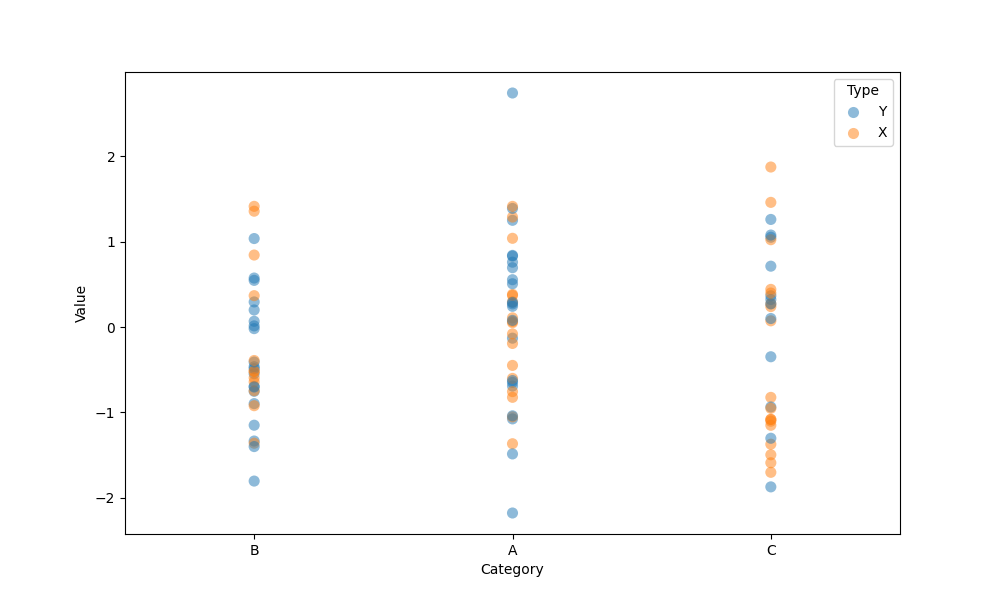
python, seaborn, stripplot, jitter=False, dodge=False, alpha=0.5, size=8